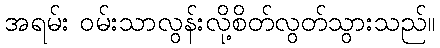
အရမ်း ဝမ်းသာလွန်းလို့စိတ်လွတ်သွားသည်။